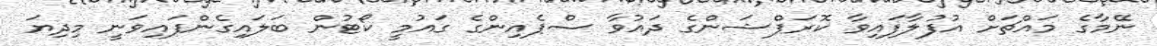
ނޭމާގެ މައްޗަށް އުފުލާފައިވާ ކޮރަޕްޝަންގެ ދައުވާ ސްޕެއިންގެ ގައުމީ ކޯޓުން ބަލައިގެންފައިވަނީ މިދިޔަ